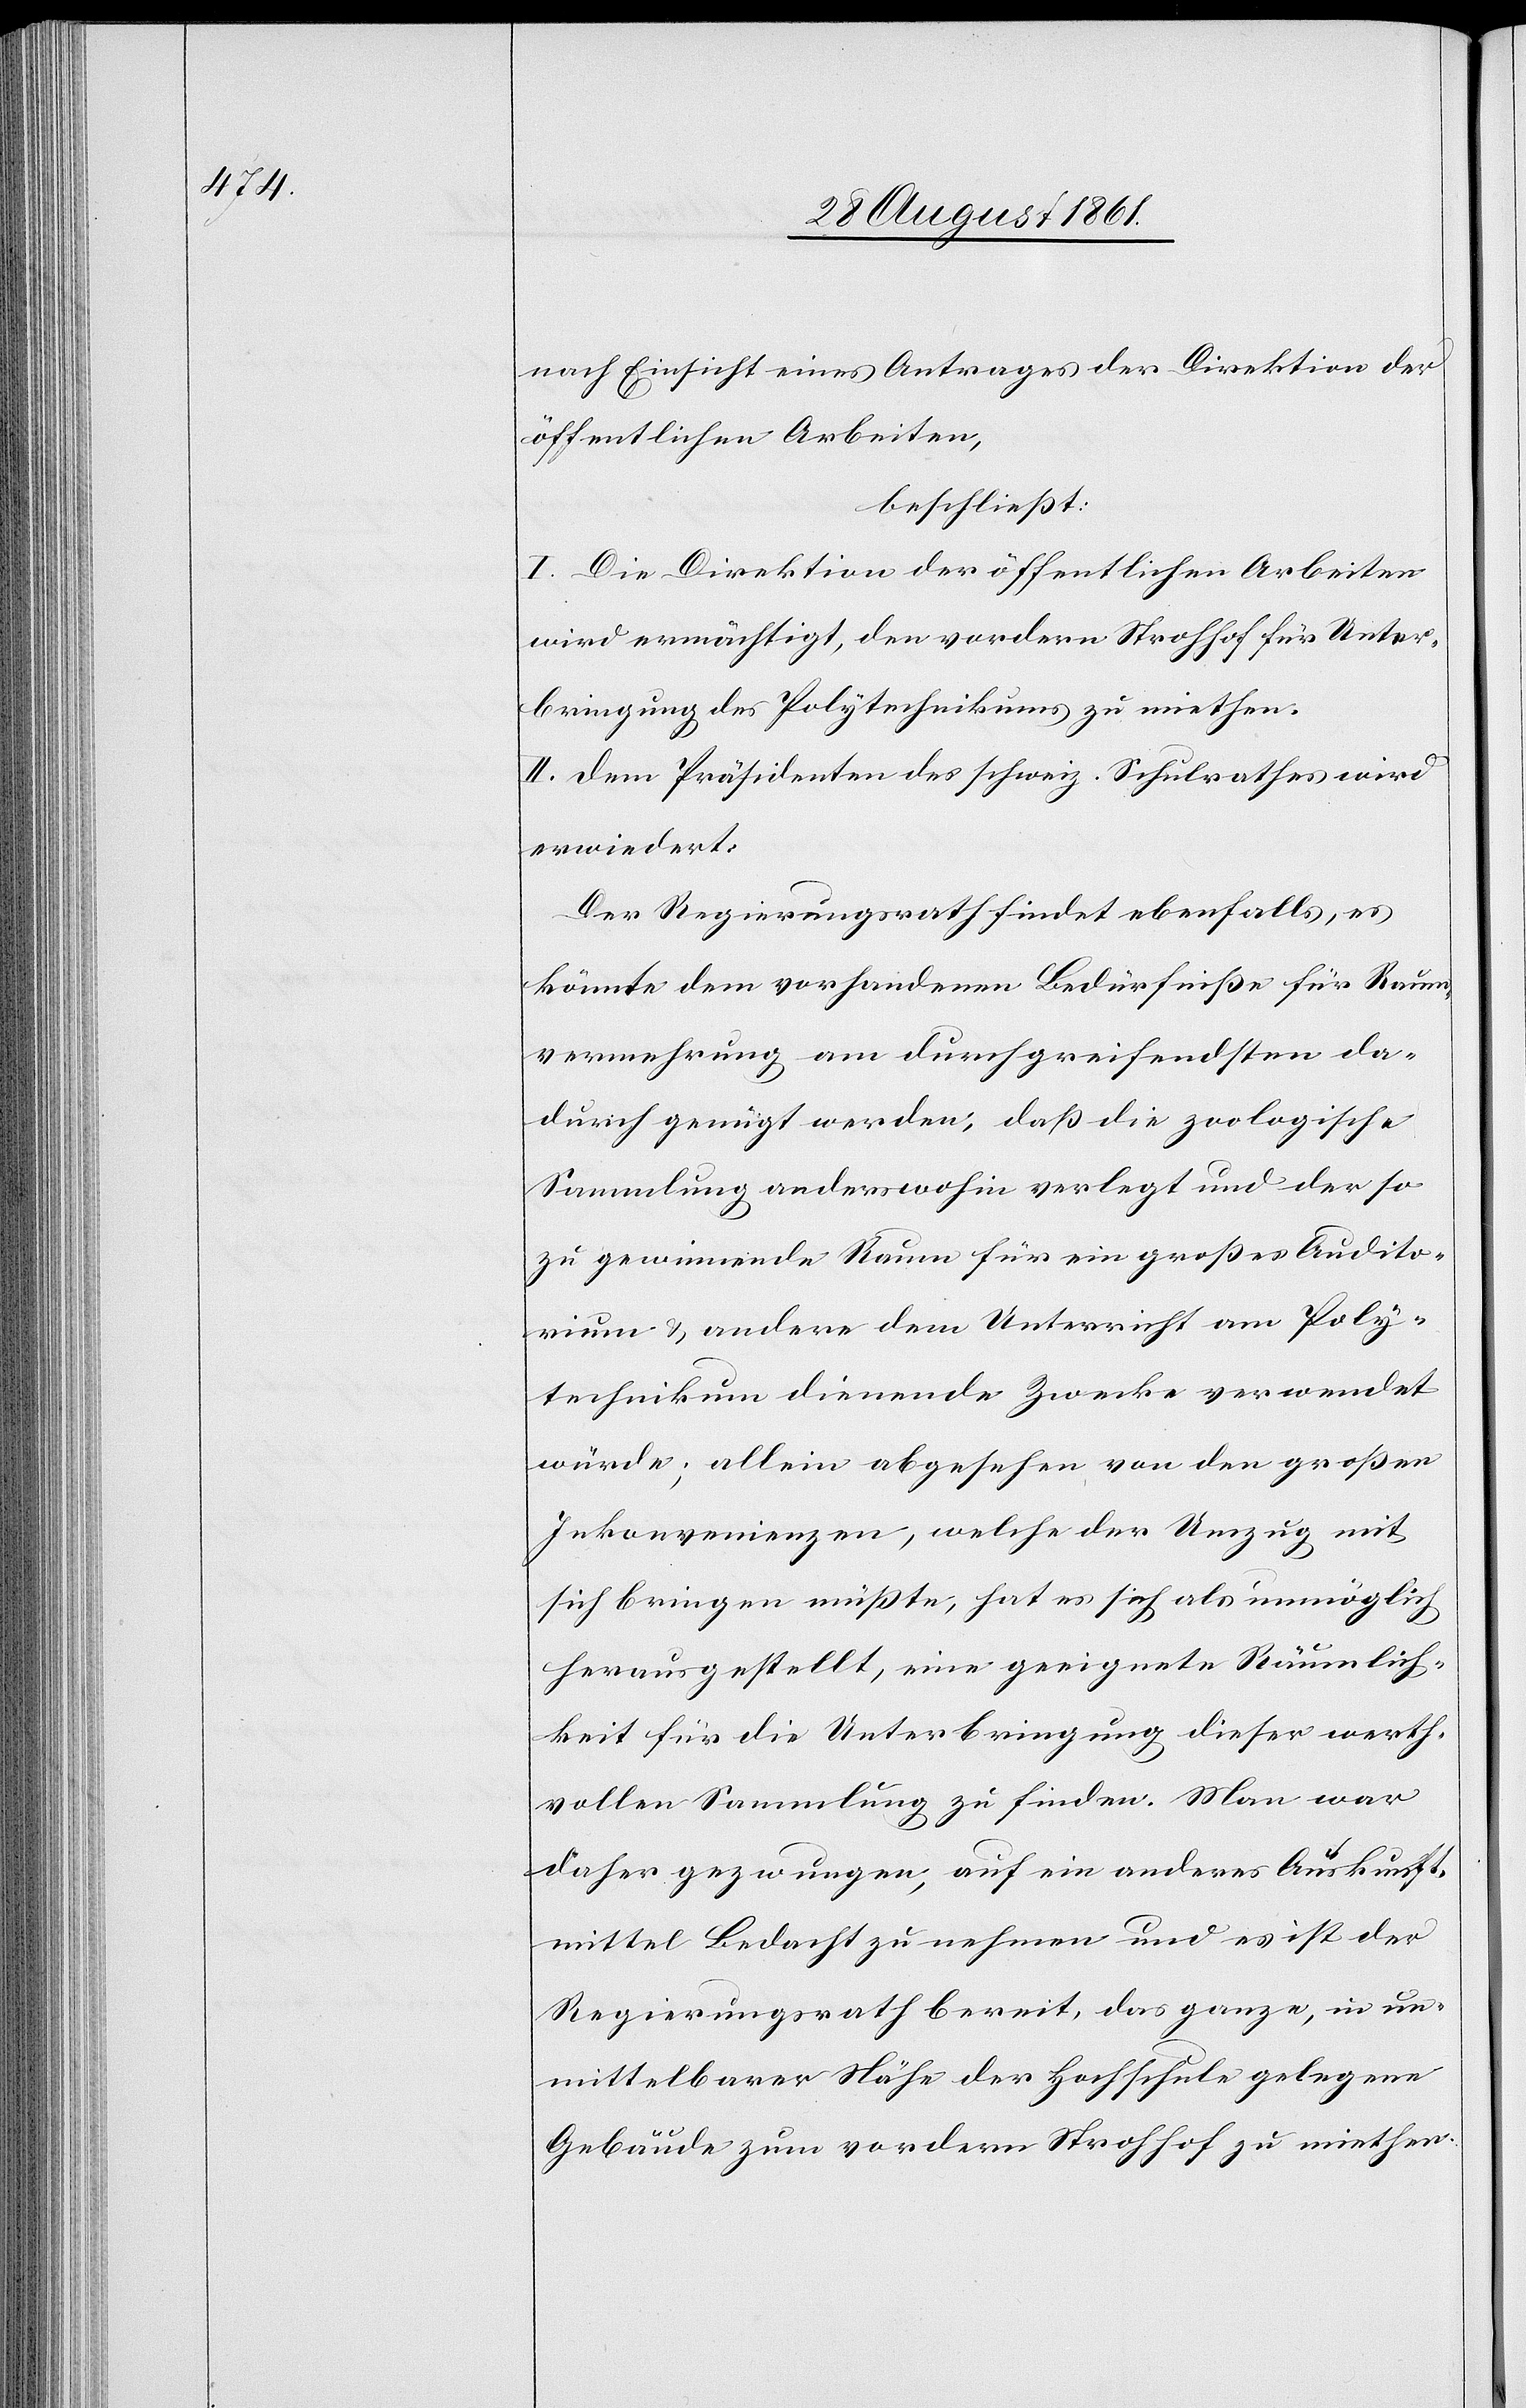
nach Einsicht eines Antrages der Direktion der
öffentlichen Arbeiten,
beschließt:
I. Die Direktion der öffentlichen Arbeiten
wird ermächtigt, den vordern Strohhof für Unter¬
bringung des Polytechnikums zu miethen.
II. Dem Präsidenten des schweiz. Schulrathes wird
erwiedert.
Der Regierungsrath findet ebenfalls, es
könnte dem vorhandenen Bedürfniße für Raum¬
vermehrung am durchgreifendsten da¬
durch genügt werden, daß die zoologische
Sammlung anderswohin verlegt und der so
zu gewinnende Raum für ein großes Audito¬
rium u. andere dem Unterricht am Poly¬
technikum dienende Zwecke verwendet
würde; allein abgesehen von den großen
Inkonvenienzen, welche der Umzug mit
sich bringen müßte, hat es sich als unmöglich
herausgestellt, eine geeignete Räumlich¬
keit für die Unterbringung dieser werth¬
vollen Sammlung zu finden. Man war
daher gezwungen, auf ein anderes Auskunft¬
mittel Bedacht zu nehmen und es ist der
Regierungsrath bereit, das ganze, in un¬
mittelbarer Nähe der Hochschule gelegene
Gebäude zum vordern Strohhof zu miethen.